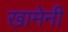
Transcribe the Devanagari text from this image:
खामेनी